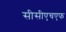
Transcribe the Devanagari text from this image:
सीसीएचएफ